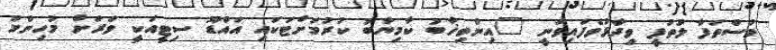
މުސްތަފާ ލުތުފީ ވިދާޅުވެފައިވަނީ "އިންތިޚާބު ކާމިޔާބު ކުރުމަށްޓަކައި އައްޑޫ ސިޓީއަކީ ވަރަށް މުހިންމު